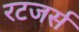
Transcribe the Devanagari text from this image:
रटजर्स